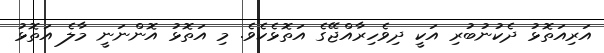
އަރިއަތޮޅު ދެކުނުބުރި އަކީ ދިވެހިރާއްޖޭގެ އަތޮޅެކެވެ. މި އަތޮޅު އޮންނަނީ މާލެ އަތޮޅު